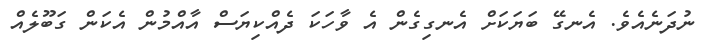
ނުދަނެއެވެ. އެނގޭ ބަޔަކަށް އެނގިގެން އެ ވާހަކަ ދެއްކިޔަސް އާއްމުން އެކަން ގަބޫލެއް